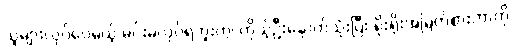
သူများလုပ်ပေမယ့် မင်းမလုပ်ရဘူးကွ၊ ကိုယ့်ဦးနှောက်သုံးပြီး ရိုးရိုးအမြတ်စားတာကို